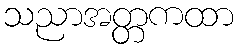
သညာအတ္တကထာ